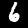
Digit: 6